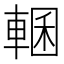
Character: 𮝜